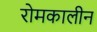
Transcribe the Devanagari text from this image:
रोमकालीन